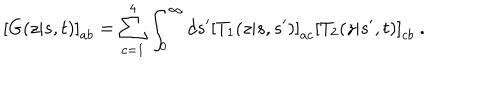
\left[ G ( z | s , t ) \right] _ { a b } = \sum _ { c = 1 } ^ { 4 } \int _ { 0 } ^ { \infty } d s ^ { \prime } \left[ T _ { 1 } ( z | s , s ^ { \prime } ) \right] _ { a c } \left[ T _ { 2 } ( z | s ^ { \prime } , t ) \right] _ { c b } \ .